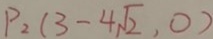
P _ { 2 } ( 3 - 4 \sqrt { 2 } , 0 )